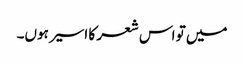
میں تو اس شعر کا اسیر ہوں۔